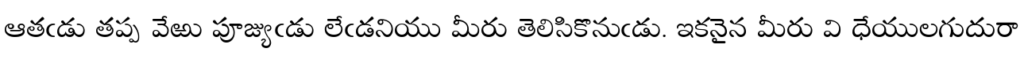
ఆతఁడు తప్ప వేఱు పూజ్యుఁడు లేఁడనియు మీరు తెలిసికొనుఁడు. ఇకనైన మీరు వి ధేయులగుదురా